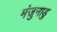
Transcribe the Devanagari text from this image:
मंजुनाडु